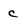
Character: c